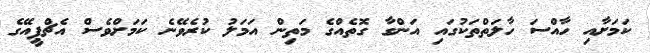
ކަމަށާއި ހާއްސަ ހާލަތްތަކުގައި އަންގާ ގޮތެއްގެ މަތިން އަމަލު ކުރެވޭނެ ކަމަށްވެސް އެޗްޕީއޭގެ